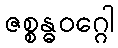
ဇစ္စန္ဓဝဂ္ဂေါ